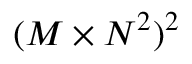
( M \times N ^ { 2 } ) ^ { 2 }